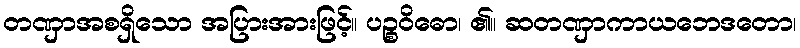
တဏှာအစရှိသော အပြားအားဖြင့်။ ပဉ္စဝိဓော၊ ၏။ ဆတဏှာကာယဘေဒတော၊